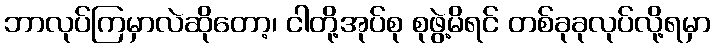
ဘာလုပ်ကြမှာလဲဆိုတော့၊ ငါတို့အုပ်စု စုဖွဲ့မိရင် တစ်ခုခုလုပ်လို့ရမှာ